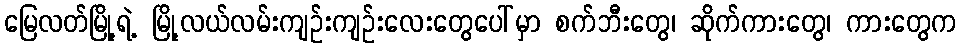
မြေလတ်မြို့ရဲ့ မြို့လယ်လမ်းကျဉ်းကျဉ်းလေးတွေပေါ်မှာ စက်ဘီးတွေ၊ ဆိုက်ကားတွေ၊ ကားတွေက